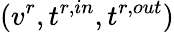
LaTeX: (v^{r},t^{r,in},t^{r,out})